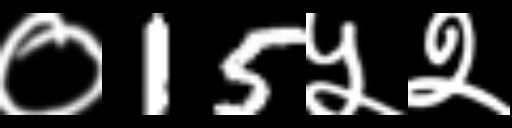
Text: ०15५२